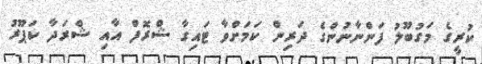
ކުރީގެ މަގުބޫލު ފަންނާނުންގެ ދަރިން ކަމަށްވާ ޓައިގާ ޝްރޮފް އާއި ޝްރަދާ ކަޕޫރު